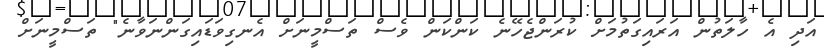
އަދި އެ ހާލަތުން އަރައިގަތުމަށް ކުރަންޖެހޭނެ ކަންކަން ވެސް ތަސްމީނަށް އެނގިވަޑައިގަންނަވާނެ" ތަސްމީނަށް